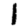
Digit: 1